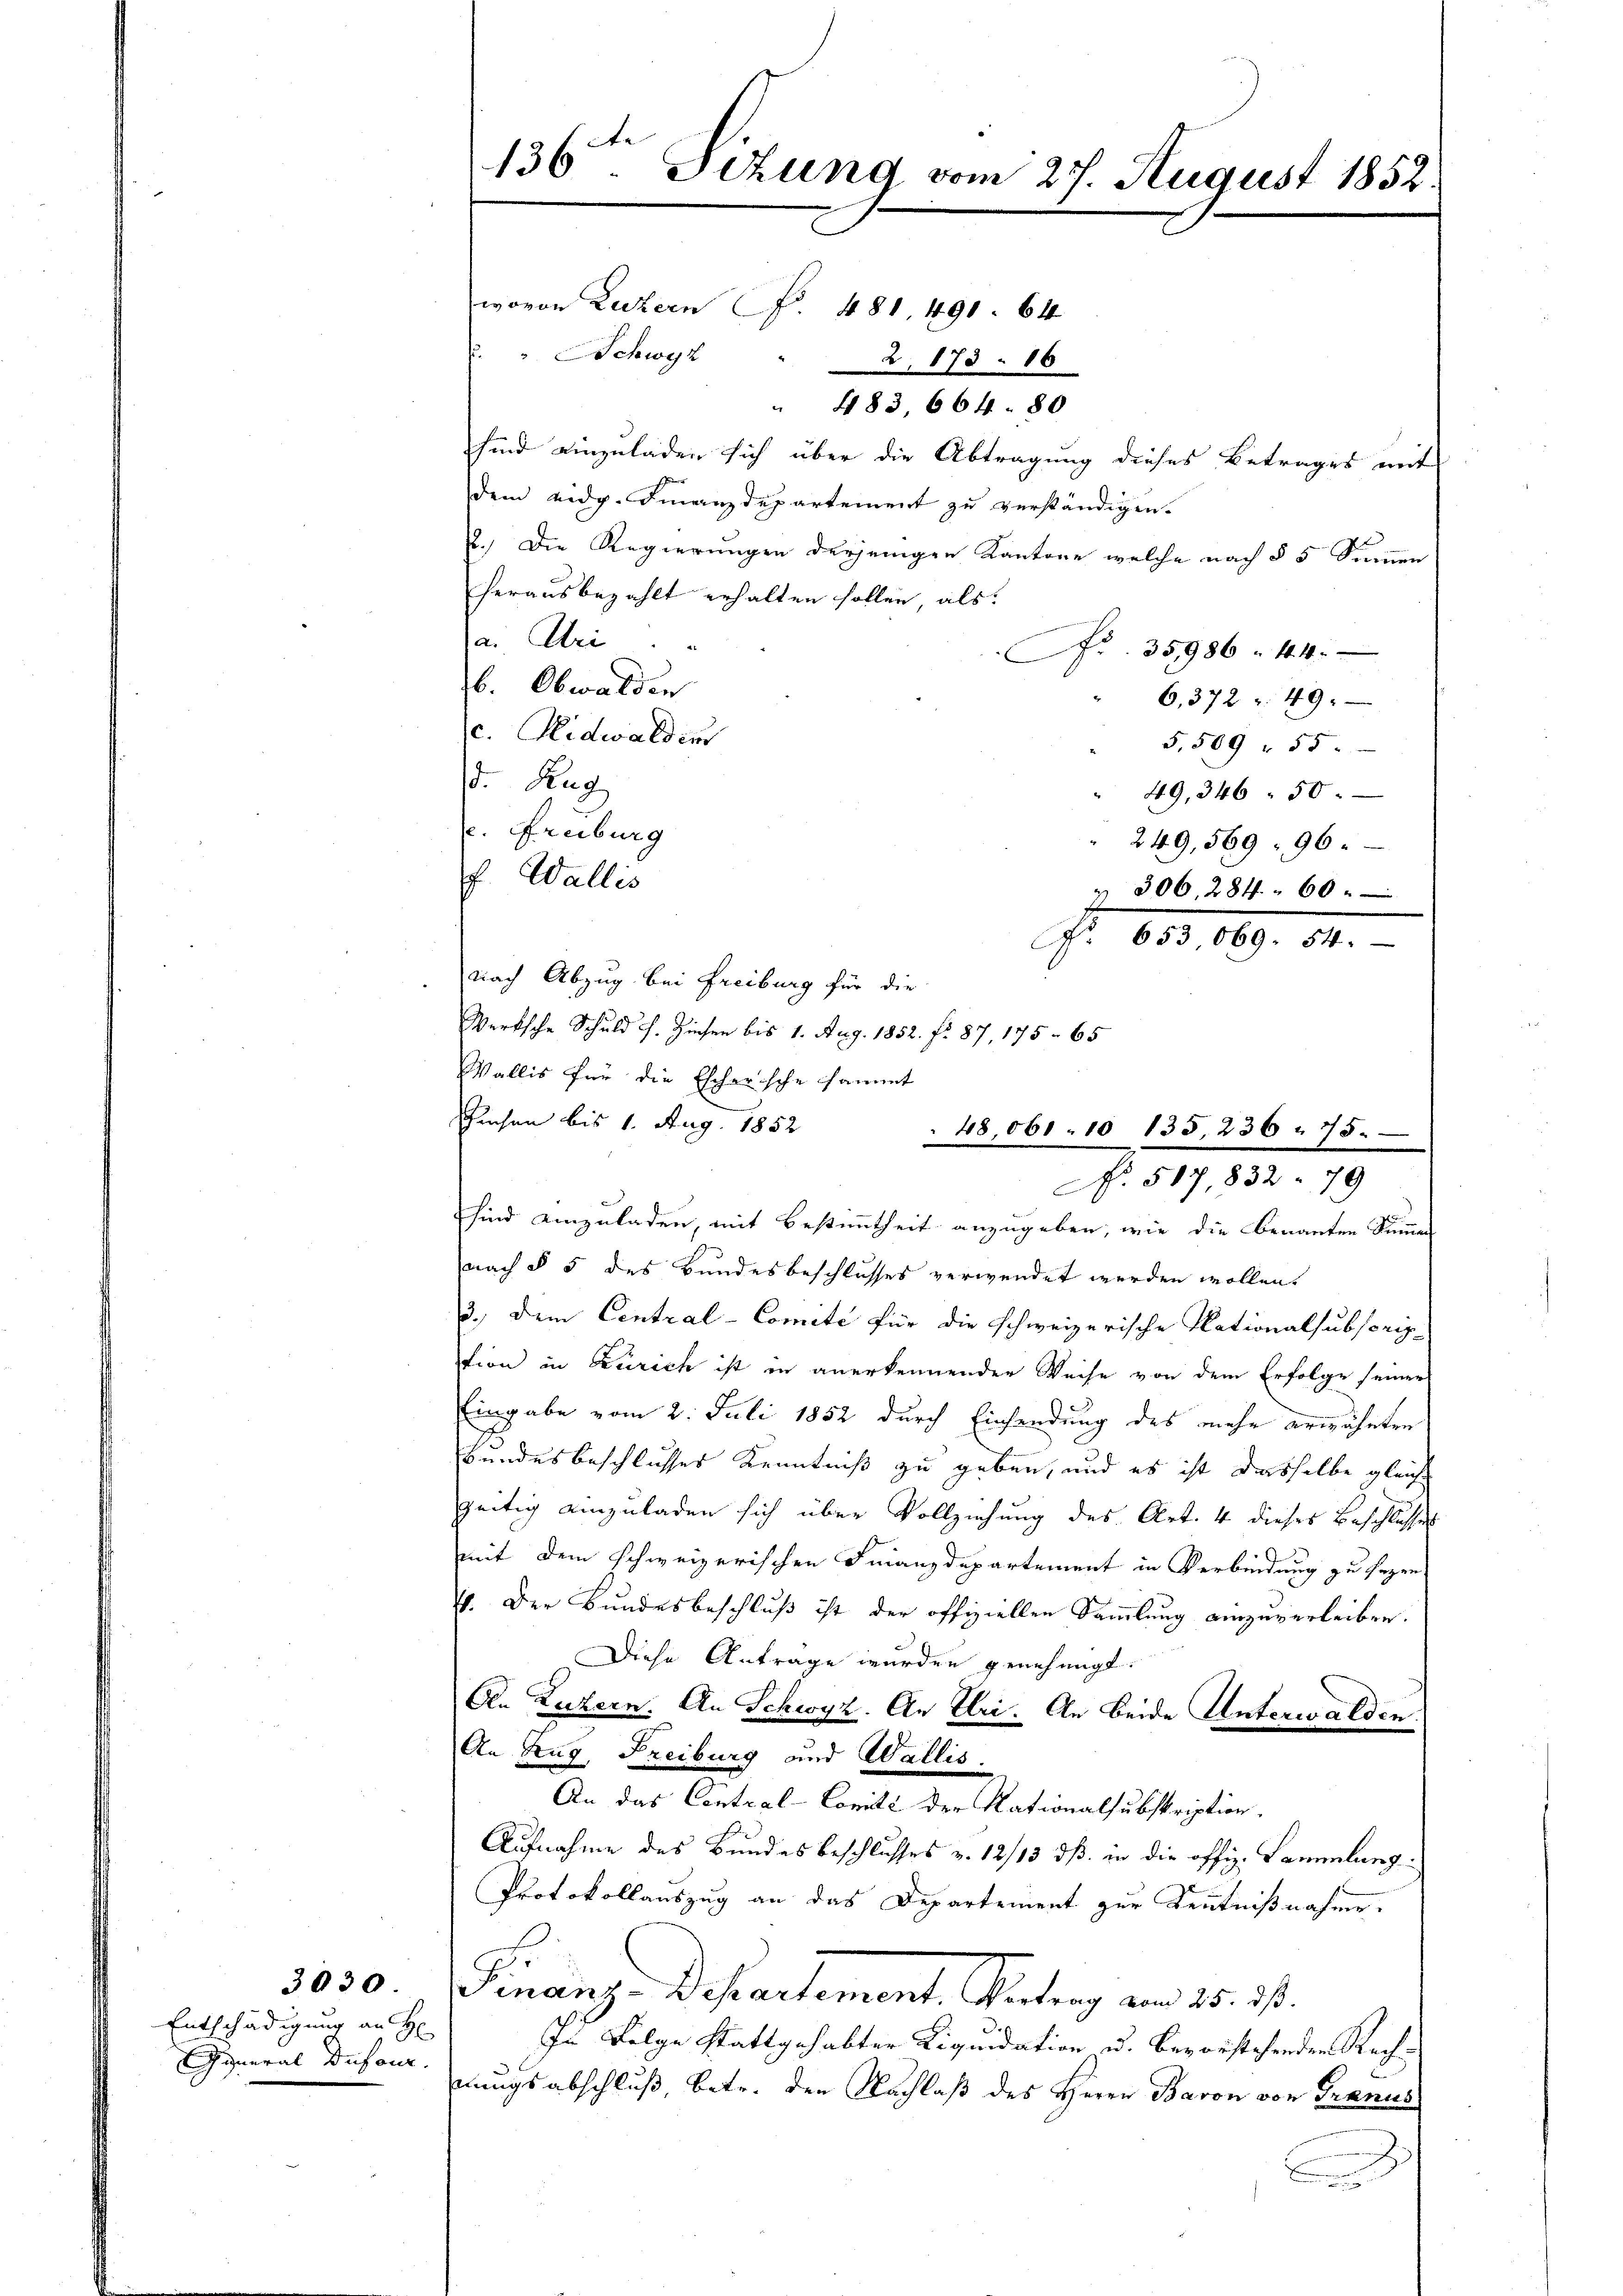
3030.
Entschädigung an H
General Dufour.

136ten Sezung vom 27. August 1852.

wovon Luzern (§ 481. 491. 64
" Schwyz " 2, 173. 16
" 483 664. 80
sind einzuladen sich über die Abtragung dieses Betrages mit
dem eidg. Finanzdepartement zu verständigen.
2.) Die Regierungen derjenigen Kantone welche nach § 5 Summen
herausbezahlt erhalten sollen, als
a. Abri
. 35986. 44.
b. Obwalden
6,372 f 49
c. Nidwalden
5,509 f 55
d. Zug
49,346. 50.
. Freiburg
" 249,569. 96.
f. Wallis
 306, 284. 60
No. 653 069. 54.
nach Abzug bei Freiburg für die
Werksche Schuld f. Zinsen bis 1. Aug. 1852. fr. 87, 175. 65
Wallis für die Escherische sammt
Gusen bis 1. Aug. 1852
sind einzuladen, mit Bestimmtheit anzugeben, wie die benanten Summen
nach § 5 des Bundesbeschlusses verwendet werden wollen.
3.) Dem Central-Comité für die schweizerische Nationalsubscrip-
tion in Zürich ist in anerkennenden Weise von dem Erfolge seiner
Eingabe vom 2. Juli 1852 durch Einsendung des mehr erwähnten
Bundesbeschlusses Kenntniß zu geben, und es ist dasselbe gleiche
zeitig einzuladen sich über Vollziehung des Art. 4 dieses Beschlusses
mit dem schweizerischen Finanzdepartement in Verbindung zu sezen
71. Der Bundesbeschluß ist der offiziellen Sammlung einzuverleiben.
Diese Antrage wurden genehmigt.
An Luzern. An Schwyz. An Uri. An beide Unterwalden.
An Zug, Freiburg und Wallis
An das Contral-Comite der Nationalsabstription.
Aufnahme des Bundes beschlusses z. 12/13 dß in die offiz. Sammlung
Protokollauszug an das Departement zur Kenntnißnahme.
Finanz-Departement. Gertrag von 15. ds.
In Folge stattgehabter Liquidation u. Bevorstehenden Rechnungsabschluß, betr. den Nachlaß des Herrn Baron von Tranus

48 061. 10 135. 236. 75.
No. 517, 832. 79